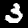
Digit: 3